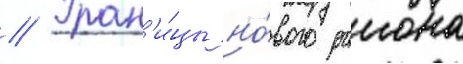
// Гран'и́цы но́вого раиона